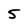
Character: 5